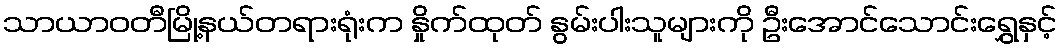
သာယာဝတီမြို့နယ်တရားရုံးက နှိုက်ထုတ် နွမ်းပါးသူများကို ဦးအောင်သောင်းရွှေနှင့်